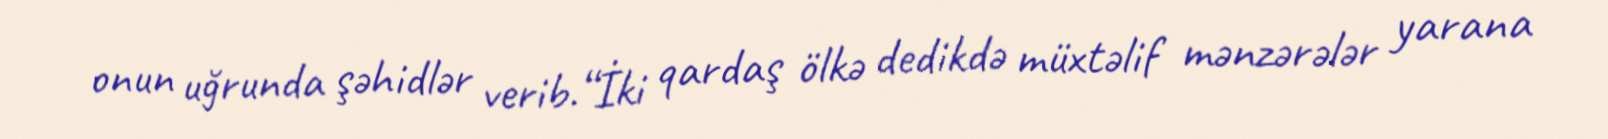
onun uğrunda şəhidlər verib.“İki qardaş ölkə dedikdə müxtəlif mənzərələr yarana